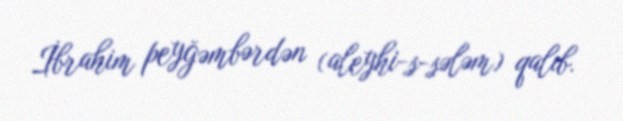
İbrahim peyğəmbərdən (aleyhi-s-sələm) qalıb.